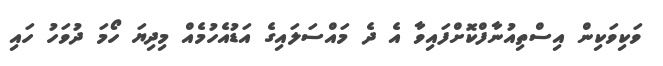
ވަކިވަކިން އިސްތިއުނާފްކޮށްފައިވާ އެ ދެ މައްސަލައިގެ އަޑުއެހުމެއް މިދިޔަ ހޯމަ ދުވަހު ހައި